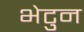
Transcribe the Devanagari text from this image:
भेटुन